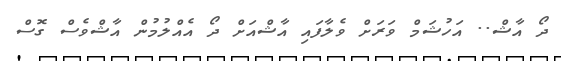
ދޯ އާޝް.. އަހުޝަމް ވަރަށް ވެލާފައި އާޝްއަށް ދޯ އެއްލުމުން އާޝްވެސް ގޮސް